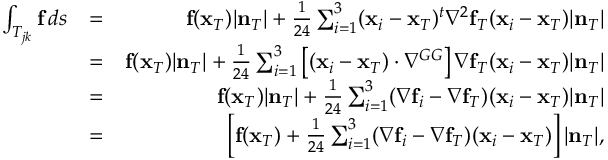
\begin{array} { r l r } { \int _ { T _ { j k } } { \bf f } \, d s } & { = } & { { \bf f } ( { \bf x } _ { T } ) | { \bf n } _ { T } | + \frac { 1 } { 2 4 } \sum _ { i = 1 } ^ { 3 } ( { \bf x } _ { i } - { \bf x } _ { T } ) ^ { t } \nabla ^ { 2 } { \bf f } _ { T } ( { \bf x } _ { i } - { \bf x } _ { T } ) | { \bf n } _ { T } | } \\ & { = } & { { \bf f } ( { \bf x } _ { T } ) | { \bf n } _ { T } | + \frac { 1 } { 2 4 } \sum _ { i = 1 } ^ { 3 } \left[ ( { \bf x } _ { i } - { \bf x } _ { T } ) \cdot \nabla ^ { G G } \right] \nabla { \bf f } _ { T } ( { \bf x } _ { i } - { \bf x } _ { T } ) | { \bf n } _ { T } | } \\ & { = } & { { \bf f } ( { \bf x } _ { T } ) | { \bf n } _ { T } | + \frac { 1 } { 2 4 } \sum _ { i = 1 } ^ { 3 } ( \nabla { \bf f } _ { i } - \nabla { \bf f } _ { T } ) ( { \bf x } _ { i } - { \bf x } _ { T } ) | { \bf n } _ { T } | } \\ & { = } & { \left[ { \bf f } ( { \bf x } _ { T } ) + \frac { 1 } { 2 4 } \sum _ { i = 1 } ^ { 3 } ( \nabla { \bf f } _ { i } - \nabla { \bf f } _ { T } ) ( { \bf x } _ { i } - { \bf x } _ { T } ) \right] | { \bf n } _ { T } | , } \end{array}